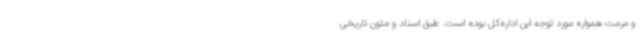
و مرمت همواره مورد توجه این اداره‌کل بوده است. طبق اسناد و متون تاریخی